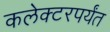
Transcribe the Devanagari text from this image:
कलेक्टरपर्यंत